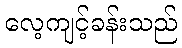
လေ့ကျင့်ခန်းသည်